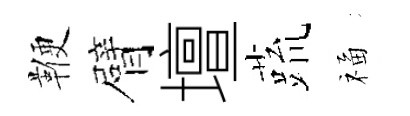
鞭臂壇蔬福